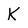
Character: K